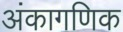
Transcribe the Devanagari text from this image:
अंकागणिक